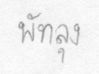
พัทลุง